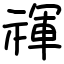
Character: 禈